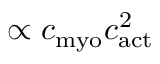
\propto c _ { \mathrm { m y o } } c _ { \mathrm { a c t } } ^ { 2 }